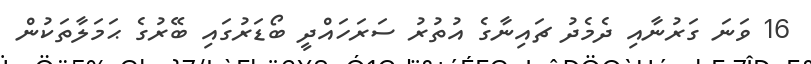
16 ވަނަ ގަރުނާއި ދެމެދު ޗައިނާގެ އުތުރު ސަރަހައްދީ ބޯޑަރުގައި ބޭރުގެ ޙަމަލާތަކުން